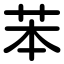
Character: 苯